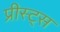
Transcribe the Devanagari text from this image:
प्रीस्ट्स